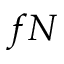
f N